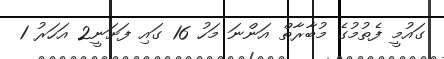
ގައުމީ ފެތުމުގެ މުބާރާތް އަންނަ މަހު 16 ގައި ފަށަނީ2 އަހަރު 1